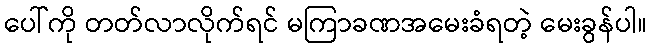
ပေါ်ကို တတ်လာလိုက်ရင် မကြာခဏအမေးခံရတဲ့ မေးခွန်ပါ။